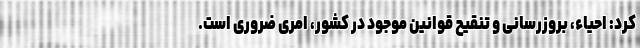
کرد: احیاء، بروزرسانی و تنقیح قوانین موجود در کشور، امری ضروری است.